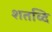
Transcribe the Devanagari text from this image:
शतव्दि